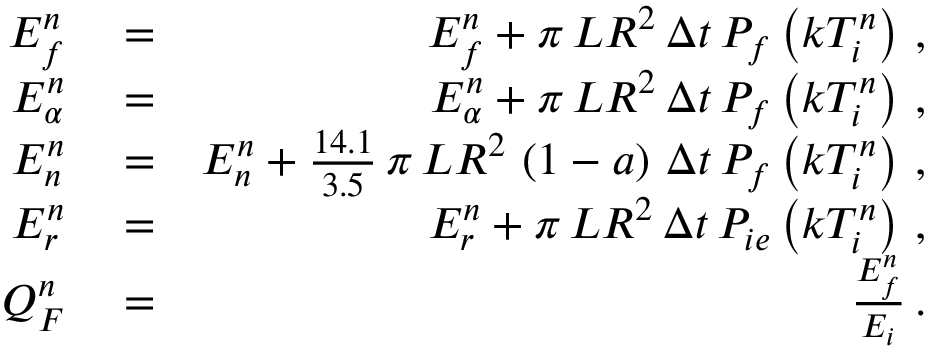
\begin{array} { r l r } { E _ { f } ^ { n } } & { { } = } & { E _ { f } ^ { n } + \pi \, L R ^ { 2 } \, \Delta t \, P _ { f } \left( k T _ { i } ^ { n } \right) \, , } \\ { E _ { \alpha } ^ { n } } & { { } = } & { E _ { \alpha } ^ { n } + \pi \, L R ^ { 2 } \, \Delta t \, P _ { f } \left( k T _ { i } ^ { n } \right) \, , } \\ { E _ { n } ^ { n } } & { { } = } & { E _ { n } ^ { n } + \frac { 1 4 . 1 } { 3 . 5 } \, \pi \, L R ^ { 2 } \, \left( 1 - a \right) \, \Delta t \, P _ { f } \left( k T _ { i } ^ { n } \right) \, , } \\ { E _ { r } ^ { n } } & { { } = } & { E _ { r } ^ { n } + \pi \, L R ^ { 2 } \, \Delta t \, P _ { i e } \left( k T _ { i } ^ { n } \right) \, , } \\ { Q _ { F } ^ { n } } & { { } = } & { \frac { E _ { f } ^ { n } } { E _ { i } } \, . } \end{array}